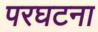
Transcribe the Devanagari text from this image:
परघटना